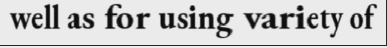
well as for using variety of